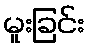
မူးခြင်း